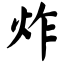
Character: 炸